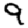
Digit: 9